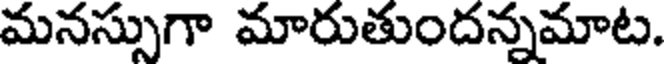
మనస్సుగా మారుతుందన్నమాట.